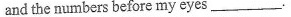
and the numbers before my eyes ___.